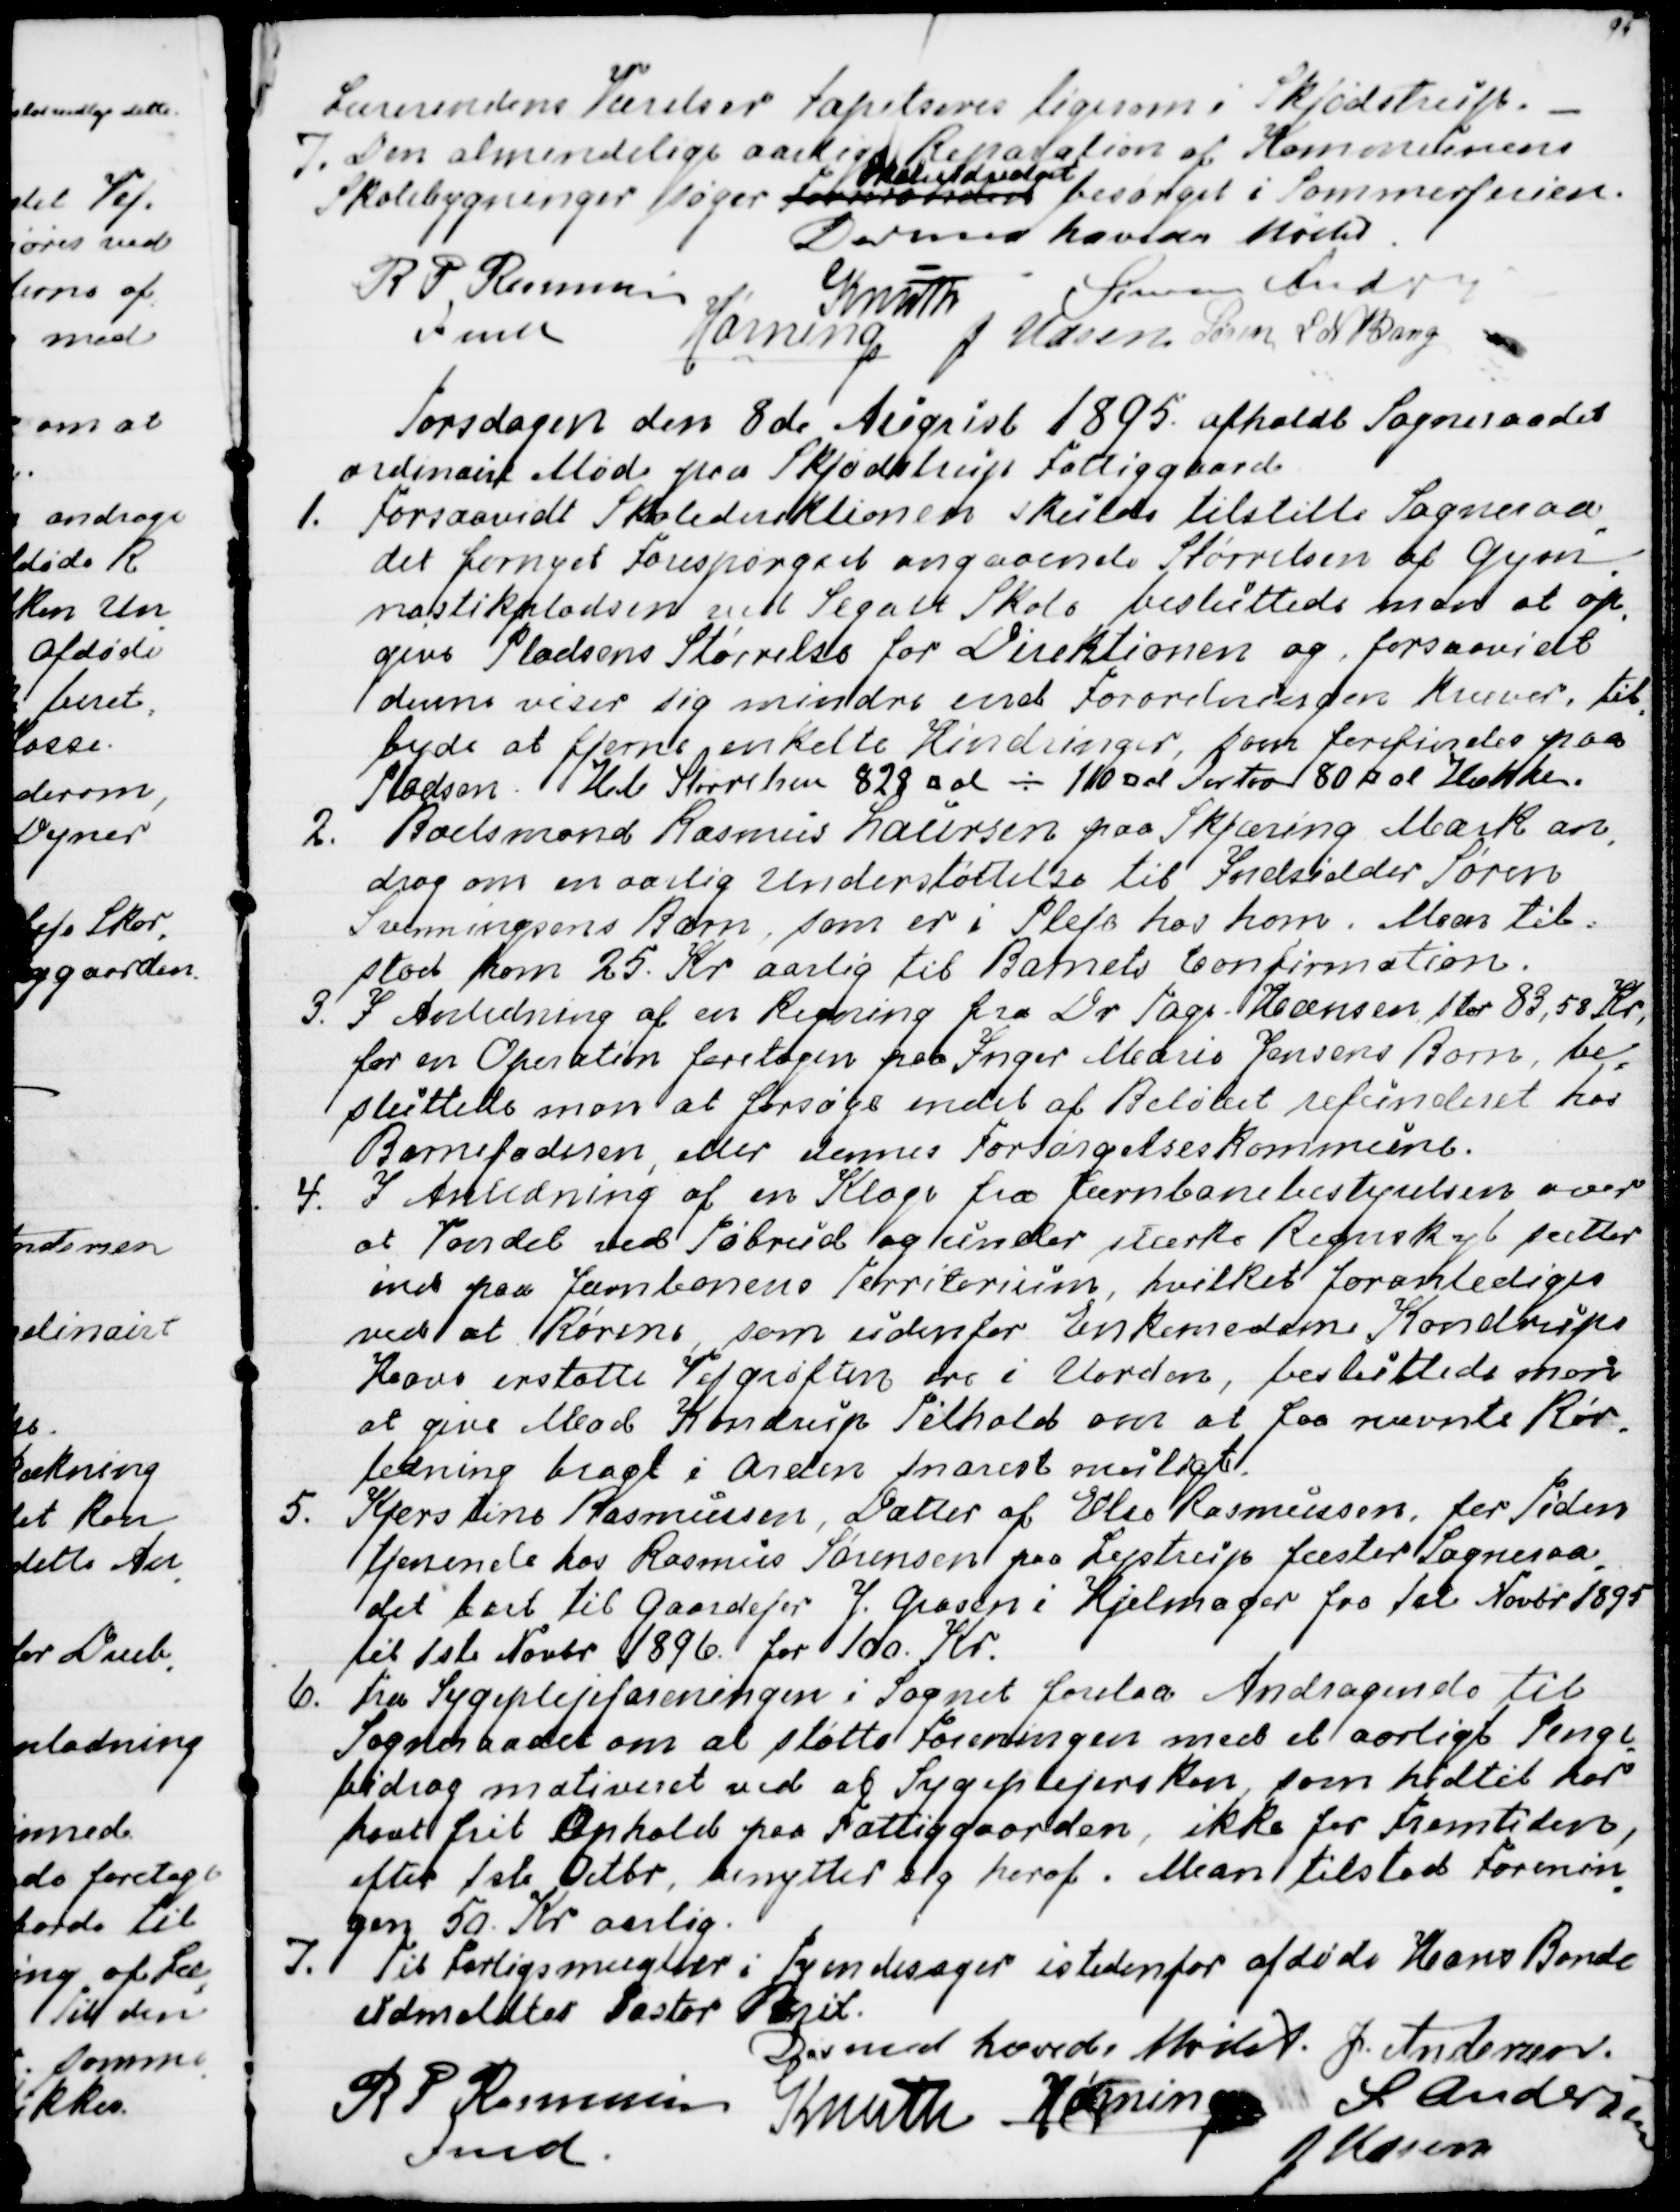
Transskription:
Lærerindens Værelser tapetseres ligesom i Skjødstrup.
7.
Den almindelige aarlige Reparation af Kommunens
Skolebygninger søger Formanden
Skoleudvalget
besørget i Sommerferien.
Dermed hævedes Mødet.
R P Rasmussen
Fmd
Knuth
Simon Andersen
Hørning
J Udsen
Søren L N Bang

Torsdagen den 8de August 1895 afholdt Sogneraadet
ordinairt Møde paa Skjødstrup Fattiggaard.
1. Forsaavidt Skoledirektionen skulde tilstille Sogneraa
-
det fornyet Forespørgsel angaaende Størrelsen af Gym
-
nastikpladsen ved Segalt Skole besluttede man at op
-
give Pladsens Størrelse for Direktionen og, forsaavidt
denne viser sig mindre end Forordningen kræver, til
-
byde at fjerne enkelte Hindringer, som forefindes paa
Pladsen. Hele Størrelsen 828 □ al ÷ 110 □ al Fortov 80 □ al Hække.
2. Boelsmand Rasmus Laursen paa Skjæring Mark an
-
drog om en aarlig Understøttelse til Indsidder Søren
Svenningsens Barn, som er i Pleje hos ham. Man til-
stod ham 25. kr aarlig til Barnets Confirmation.
3. I Anledning af en Regning fra Dr Tage-Hansen stor 83,58 Kr,
for en Operation foretagen paa Inger Marie Jensens Barn, be
-
sluttede man at forsøge endel af Beløbet refunderet hos
Barnefaderen, eller dennes Forsørgelseskommune.
4. I Anledning af en Klage fra Jernbanebestyrelsen over
at Vandet ved Tøbrud og under stærke Regnskyl sætter
ind paa Jernbanens Territorium, hvilket foranlediges
ved at Rørerne, som udenfor Enkemadam Kondrups
Have erstatte Vejgrøften ere i Uorden, besluttede man
at give Mad Kondrup Tilhold om at faa nævnte Rør-
ledning bragt i Orden snarest muligt.
5. Kjerstine Rasmussen, Datter af Else Rasmussen, for Tiden
tjenende hos Rasmus Sørensen paa Lystrup fæster Sogneraa
-
det bort til Gaardejer J. Grosen i Hjelmager fra 1ste Novbr 1895
til 1ste Novbr 1896 for 100 Kr.
6. Fra Sygeplejeforeningen i Sognet forelaa Andragende til
Sogneraadet om at støtte Foreningen med et aarligt Penge
-
bidrag motiveret ved at Sygeplejersken, som hidtil har
havt frit Ophold paa Fattiggaarden, ikke for Fremtiden,
efter 1ste Octbr, benytter sig heraf. Man tilstod Forenin
-
gen 50. Kr aarlig.
7. Til Forligsmægler i Tyendesager istedenfor afdøde Hans Bonde
udmeldtes Pastor Brix.
Dermed hævedes Mødet.
J. Andersen
R P Rasmussen
Fmd.
Knuth
Hørning
S. Andersen
J Udsen